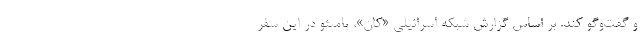
و گفت‌وگو کند. بر اساس گزارش شبکه اسرائیلی «کان»، پامپئو در این سفر